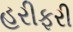
હરીફરી